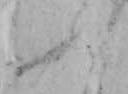
ふ